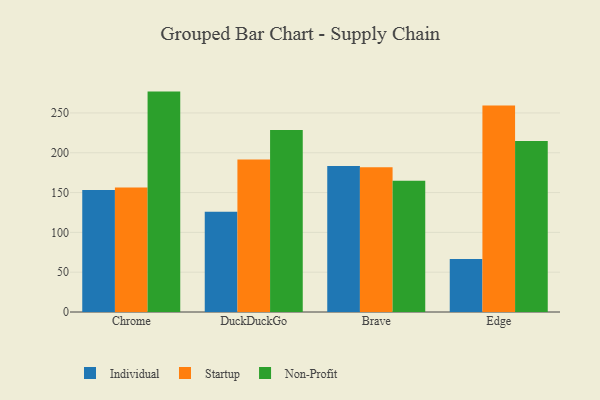
{"axis": {"x": "Browser", "y": "Energy Usage (MWh)"}, "legend": ["Individual", "Non-Profit", "Startup"], "data": [{"x": "Chrome", "y": 153.1, "type": "Individual"}, {"x": "Chrome", "y": 156.3, "type": "Startup"}, {"x": "Chrome", "y": 276.8, "type": "Non-Profit"}, {"x": "DuckDuckGo", "y": 126.0, "type": "Individual"}, {"x": "DuckDuckGo", "y": 191.6, "type": "Startup"}, {"x": "DuckDuckGo", "y": 228.5, "type": "Non-Profit"}, {"x": "Brave", "y": 183.4, "type": "Individual"}, {"x": "Brave", "y": 181.9, "type": "Startup"}, {"x": "Brave", "y": 164.8, "type": "Non-Profit"}, {"x": "Edge", "y": 66.7, "type": "Individual"}, {"x": "Edge", "y": 259.5, "type": "Startup"}, {"x": "Edge", "y": 214.7, "type": "Non-Profit"}]}